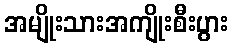
အမျိုးသားအကျိုးစီးပွား